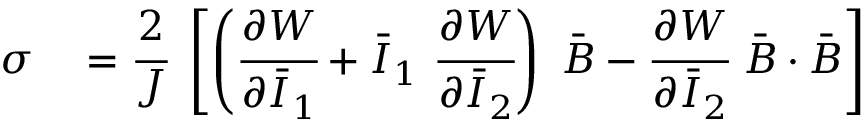
\begin{array} { r l } { { \boldsymbol { \sigma } } } & { { } = { \cfrac { 2 } { J } } ~ \left[ \left( { \cfrac { \partial W } { \partial { \bar { I } } _ { 1 } } } + { \bar { I } } _ { 1 } ~ { \cfrac { \partial W } { \partial { \bar { I } } _ { 2 } } } \right) ~ { \bar { \boldsymbol { B } } } - { \cfrac { \partial W } { \partial { \bar { I } } _ { 2 } } } ~ { \bar { \boldsymbol { B } } } \cdot { \bar { \boldsymbol { B } } } \right] } \end{array}